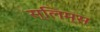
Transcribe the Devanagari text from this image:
स्लिम्स